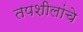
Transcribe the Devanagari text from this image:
तपशीलांचे